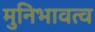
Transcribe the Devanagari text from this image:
मुनिभावत्व